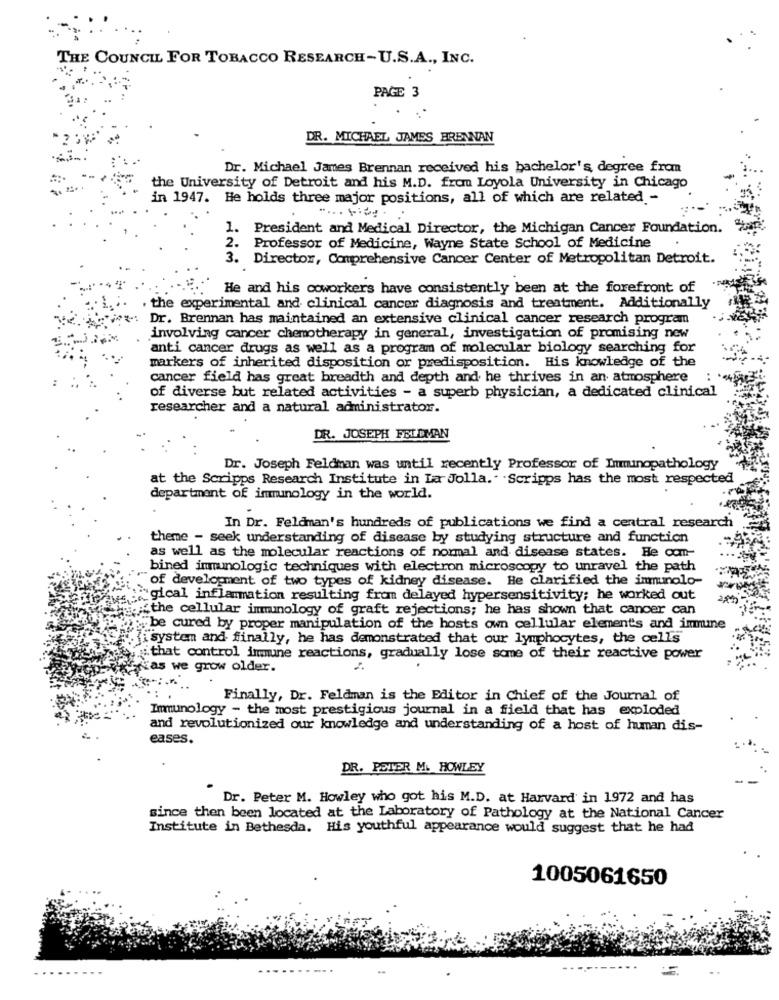
THE COUNCIL FOR TOBACCO RESEARCH-U.S.A ., INC.
PAGE 3
DR. MICHAEL JAMES BRENNAN
Dr. Michael James Brennan received his bachelor's degree from
the University of Detroit and his M.D. from Loyola University in Chicago
in 1947. He holds three major positions, all of which are related -
1. President and Medical Director, the Michigan Cancer Foundation.
2. Professor of Medicine, Wayne State School of Medicine
3. Director, Comprehensive Cancer Center of Metropolitan Detroit.
He and his coworkers have consistently been at the forefront of
. the experimental and clinical cancer diagnosis and treatment. Additionally
« Dr. Brennan has maintained an extensive clinical cancer research program
involving cancer chemotherapy in general, investigation of promising new
anti cancer drugs as well as a program of molecular biology searching for
markers of inherited disposition or predisposition. His knowledge of the
cancer field has great breadth and depth and he thrives in an atmosphere
:
of diverse but related activities - a superb physician, a dedicated clinical
researcher and a natural administrator.
DR. JOSEPH FELDMAN
Dr. Joseph Feldman was until recently Professor of Immunopathology
at the Scripps Research Institute in La Jolla. Scripps has the most respected
department of immunology in the world.
In Dr. Feldman's hundreds of publications we find a central research
theme - seek understanding of disease by studying structure and function
as well as the molecular reactions of normal and disease states. He com-
bined immunologic techniques with electron microscopy to unravel the path
"of development of two types of kidney disease. He clarified the immunolo-
gical inflammation resulting from delayed hypersensitivity; he worked out
the cellular immunology of graft rejections; he has shown that cancer can
.be cured by proper manipulation of the hosts own cellular element's and immune
{system and finally, he has demonstrated that our lymphocytes, the cells
:that control immune reactions, gradually lose some of their reactive power
rias we grow older.
2
Finally, Dr. Feldman is the Editor in Chief of the Journal of
Immunology - the most prestigious journal in a field that has exploded
and revolutionized our knowledge and understanding of a host of human dis-
eases.
DR. PETER M. HOWLEY
Dr. Peter M. Howley who got his M.D. at Harvard in 1972 and has
since then been located at the Laboratory of Pathology at the National Cancer
Institute in Bethesda. His youthful appearance would suggest that he had
1005061650